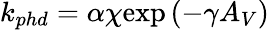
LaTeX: k_{phd}=\alpha\chi\mathrm{exp}\left(-\gamma A_{V}\right)